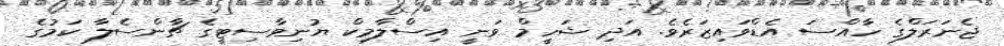
ޖެނަރަލްގެ ހާއްސަ އެޑްވައިޒަރެވެ. އަދި ޝަހީމް ވަނީ އިސްލާމިކް ޔުނިވާސިޓީގެ ޗާންސެލާ ކަމުގެ